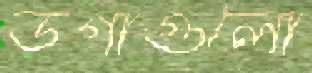
ডগাগুলো